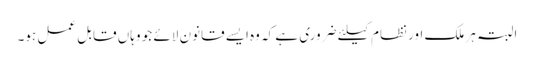
البتہ ہر ملک اور نظام کیلئے ضروری ہے کہ وه ایسے قانون لائے جو وہاں قابل عمل ہو۔